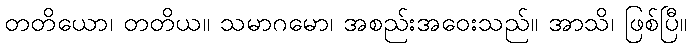
တတိယော၊ တတိယ။ သမာဂမော၊ အစည်းအဝေးသည်။ အာသိ၊ ဖြစ်ပြီ။